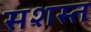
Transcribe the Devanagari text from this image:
सशस्त